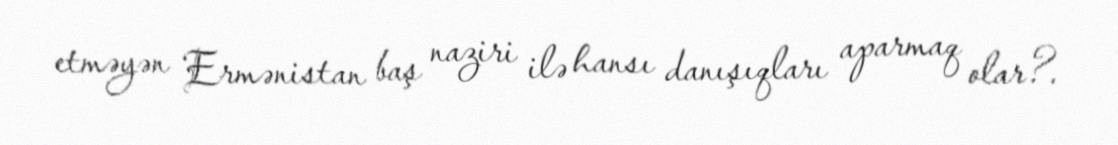
etməyən Ermənistan baş naziri ilə hansı danışıqları aparmaq olar?.